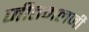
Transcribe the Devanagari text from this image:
जीतमलजी